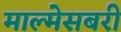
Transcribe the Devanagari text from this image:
माल्मेसबरी